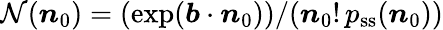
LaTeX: {\mathcal N(\boldsymbol n_{0})}=(\exp(\boldsymbol{b}\cdot\boldsymbol n_{0}))/(\boldsymbol n_{0}!\, p_{\mathrm{ss}}(\boldsymbol n_{0}))